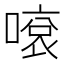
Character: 𠽓